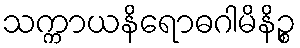
သက္ကာယနိရောဓဂါမိနိဉ္စ